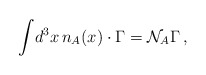
\begin{align*}\displaystyle{\int }d^3x\,n_A(x)\cdot \Gamma ={\cal N}_A\Gamma \,,\end{align*}